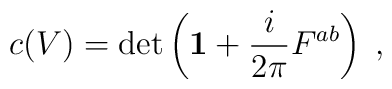
c(V)=\det \left({\bf 1 } + \frac{i}{2\pi} F^{ab}\right) \;,